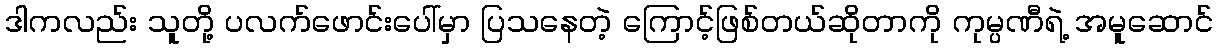
ဒါကလည်း သူတို့ ပလက်ဖောင်းပေါ်မှာ ပြသနေတဲ့ ကြောင့်ဖြစ်တယ်ဆိုတာကို ကုမ္ပဏီရဲ့ အမူဆောင်